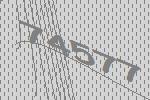
74577